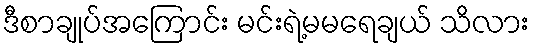
ဒီစာချုပ်အကြောင်း မင်းရဲ့မမရေချယ် သိလား